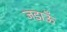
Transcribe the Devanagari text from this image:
जड़ाऊँ